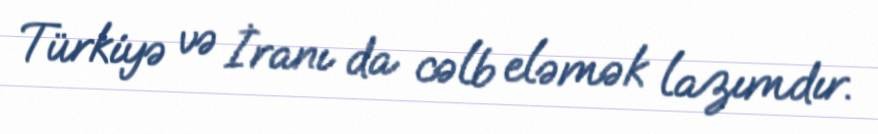
Türkiyə və İranı da cəlb eləmək lazımdır.